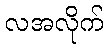
လအလိုက်